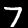
Label: 7